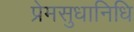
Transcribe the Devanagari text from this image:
प्रेमसुधानिधि